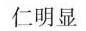
仁明显